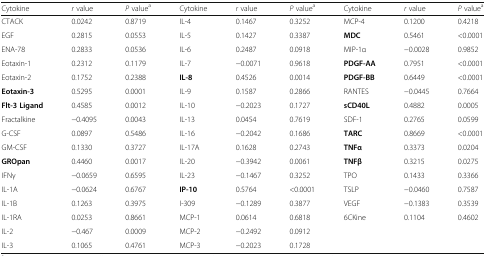
<table><thead><tr><td><b>Cytokine</b></td><td><b><i>r</i> value</b></td><td><b><i>P</i> value<sup>a</sup></b></td><td><b>Cytokine</b></td><td><b><i>r</i> value</b></td><td><b><i>P</i> value<sup>a</sup></b></td><td><b>Cytokine</b></td><td><b><i>r</i> value</b></td><td><b><i>P</i> value<sup>a</sup></b></td></tr></thead><tbody><tr><td>CTACK</td><td>0.0242</td><td>0.8719</td><td>IL-4</td><td>0.1467</td><td>0.3252</td><td>MCP-4</td><td>0.1200</td><td>0.4218</td></tr><tr><td>EGF</td><td>0.2815</td><td>0.0553</td><td>IL-5</td><td>0.1427</td><td>0.3387</td><td><b>MDC</b></td><td>0.5461</td><td>&lt;0.0001</td></tr><tr><td>ENA-78</td><td>0.2833</td><td>0.0536</td><td>IL-6</td><td>0.2487</td><td>0.0918</td><td>MIP-1α</td><td>−0.0028</td><td>0.9852</td></tr><tr><td>Eotaxin-1</td><td>0.2312</td><td>0.1179</td><td>IL-7</td><td>−0.0071</td><td>0.9618</td><td><b>PDGF-AA</b></td><td>0.7951</td><td>&lt;0.0001</td></tr><tr><td>Eotaxin-2</td><td>0.1752</td><td>0.2388</td><td><b>IL-8</b></td><td>0.4526</td><td>0.0014</td><td><b>PDGF-BB</b></td><td>0.6449</td><td>&lt;0.0001</td></tr><tr><td><b>Eotaxin-3</b></td><td>0.5295</td><td>0.0001</td><td>IL-9</td><td>0.1587</td><td>0.2866</td><td>RANTES</td><td>−0.0445</td><td>0.7664</td></tr><tr><td><b>Flt-3 Ligand</b></td><td>0.4585</td><td>0.0012</td><td>IL-10</td><td>−0.2023</td><td>0.1727</td><td><b>sCD40L</b></td><td>0.4882</td><td>0.0005</td></tr><tr><td>Fractalkine</td><td>−0.4095</td><td>0.0043</td><td>IL-13</td><td>0.0454</td><td>0.7619</td><td>SDF-1</td><td>0.2765</td><td>0.0599</td></tr><tr><td>G-CSF</td><td>0.0897</td><td>0.5486</td><td>IL-16</td><td>−0.2042</td><td>0.1686</td><td><b>TARC</b></td><td>0.8669</td><td>&lt;0.0001</td></tr><tr><td>GM-CSF</td><td>0.1330</td><td>0.3727</td><td>IL-17A</td><td>0.1628</td><td>0.2743</td><td><b>TNFα</b></td><td>0.3373</td><td>0.0204</td></tr><tr><td><b>GROpan</b></td><td>0.4460</td><td>0.0017</td><td>IL-20</td><td>−0.3942</td><td>0.0061</td><td><b>TNFβ</b></td><td>0.3215</td><td>0.0275</td></tr><tr><td>IFNγ</td><td>−0.0659</td><td>0.6595</td><td>IL-23</td><td>−0.1467</td><td>0.3252</td><td>TPO</td><td>0.1433</td><td>0.3366</td></tr><tr><td>IL-1A</td><td>−0.0624</td><td>0.6767</td><td><b>IP-10</b></td><td>0.5764</td><td>&lt;0.0001</td><td>TSLP</td><td>−0.0460</td><td>0.7587</td></tr><tr><td>IL-1B</td><td>0.1263</td><td>0.3975</td><td>I-309</td><td>−0.1289</td><td>0.3877</td><td>VEGF</td><td>−0.1383</td><td>0.3539</td></tr><tr><td>IL-1RA</td><td>0.0253</td><td>0.8661</td><td>MCP-1</td><td>0.0614</td><td>0.6818</td><td>6CKine</td><td>0.1104</td><td>0.4602</td></tr><tr><td>IL-2</td><td>−0.467</td><td>0.0009</td><td>MCP-2</td><td>−0.2492</td><td>0.0912</td><td></td><td></td><td></td></tr><tr><td>IL-3</td><td>0.1065</td><td>0.4761</td><td>MCP-3</td><td>−0.2023</td><td>0.1728</td><td></td><td></td><td></td></tr></tbody></table>